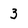
Character: 3